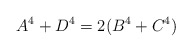
\begin{align*}A^4+D^4=2(B^4+C^4)\end{align*}